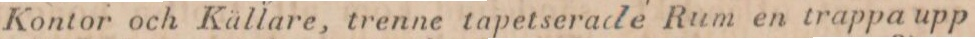
Kontor och Källare, trenne tapetserade Rum en trappa upp